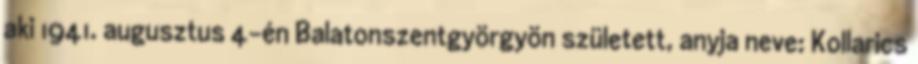
aki 1941. augusztus 4-én Balatonszentgyörgyön született, anyja neve: Kollarics